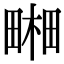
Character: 𤲭